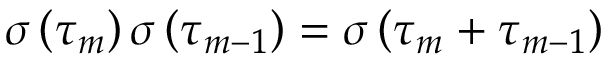
\sigma \left( \tau _ { m } \right) \sigma \left( \tau _ { m - 1 } \right) = \sigma \left( \tau _ { m } + \tau _ { m - 1 } \right)